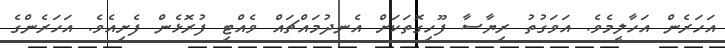
އަހަރެން އަހާލީމެވެ. އަވަގުތު ރިޔާސާ ފޫހިގޮތަކަށް އެނދުމައްޗައް ވެއްޓި ފުރޮޅެން ފެށިއެވެ. އަހަރެންގެ